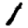
Digit: 1